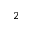
_ 2